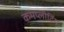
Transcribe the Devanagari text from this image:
कमप्लीटिंग